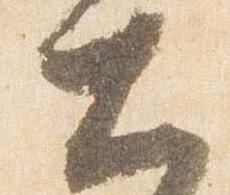
大